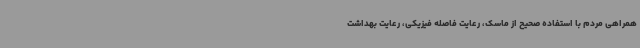
همراهی مردم با استفاده صحیح از ماسک، رعایت فاصله فیزیکی، رعایت بهداشت